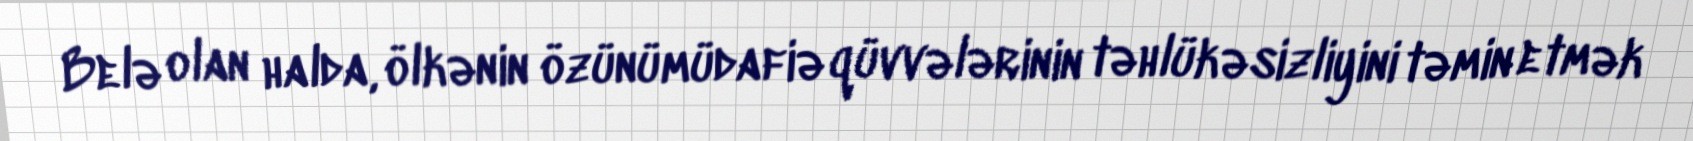
Belə olan halda, ölkənin özünümüdafiə qüvvələrinin təhlükəsizliyini təmin etmək